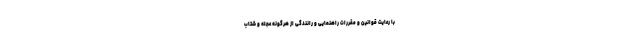
با رعایت قوانین و مقررات راهنمایی و رانندگی از هرگونه عجله و شتاب